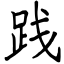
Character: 践